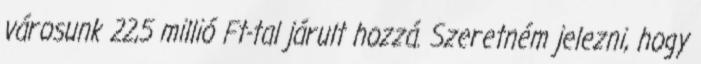
városunk 22,5 millió Ft-tal járult hozzá. Szeretném jelezni, hogy